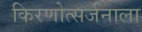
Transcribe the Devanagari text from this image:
किरणोत्सर्जनाला